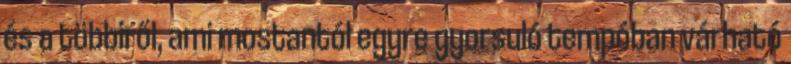
és a többiről, ami mostantól egyre gyorsuló tempóban várható